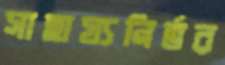
সাহায্যনির্ভর